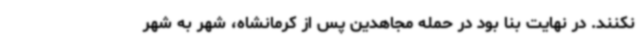
نکنند. در نهایت بنا بود در حمله مجاهدین پس از کرمانشاه، شهر به شهر